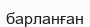
барланған